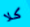
كلا